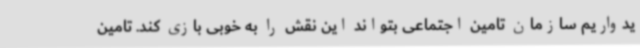
یدواریم سازمان تامین اجتماعی بتواند این نقش را به خوبی بازی کند. تامین